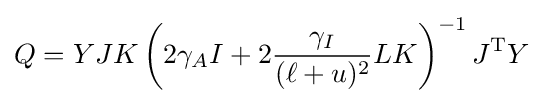
Q=YJK\left(2\gamma _{A}I+2{\frac {\gamma _{I}}{(\ell +u)^{2}}}LK\right)^{-1}J^{\mathrm {T} }Y